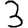
Digit: 3